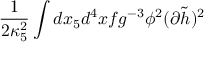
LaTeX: \frac { 1 } { 2 \kappa _ { 5 } ^ { 2 } } \int d x _ { 5 } d ^ { 4 } x f g ^ { - 3 } \phi ^ { 2 } ( \partial \tilde { h } ) ^ { 2 }